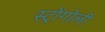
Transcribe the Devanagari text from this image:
स्ट्रोंगोली